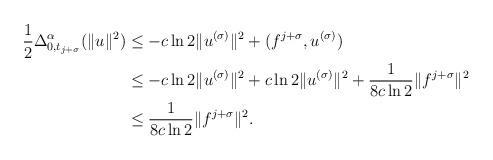
LaTeX: \begin{align*}\frac{1}{2} \Delta^{\alpha}_{0,t_{j + \sigma}}(\| u\|^2) &\leq -c \ln2\|u^{(\sigma)}\|^2+ (f^{j + \sigma},u^{(\sigma)})\\&\leq -c \ln2\|u^{(\sigma)}\|^2 + c \ln2\|u^{(\sigma)}\|^2 + \frac{1}{8c\ln 2}\|f^{j +\sigma}\|^2 \\&\leq \frac{1}{8c\ln 2}\|f^{j + \sigma}\|^2.\end{align*}